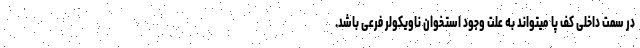
در سمت داخلی کف پا میتواند به علت وجود استخوان ناویکولر فرعی باشد.